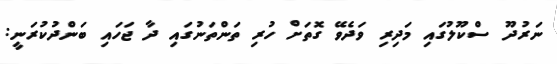
ނަރުދޫ ސްކޫލުގައި މަދިރި ވަދެވޭ ގޮތަށް ހުރި ތަންތަނުގައި ދާ ޖަހައި ބަންދުކުރަނީ: